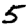
Digit: 5